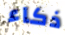
ذكاء